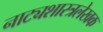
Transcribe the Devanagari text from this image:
नाट्यशास्त्रलेखक